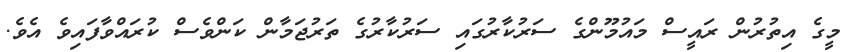
މީގެ އިތުރުން ރައީސް މައުމޫންގެ ސަރުކާރުގައި ސަރުކާރުގެ ތަރުޖަމާން ކަންވެސް ކުރައްވާފައިވެ އެވެ.